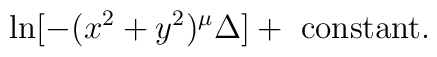
\ln[-(x^2+y^2)^\mu \Delta] +~{\rm constant}.